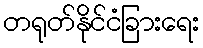
တရုတ်နိုင်ငံခြားရေး